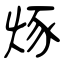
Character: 烼